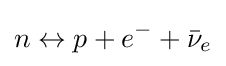
n\leftrightarrow p+e^{-}+{\bar {\nu }}_{e}